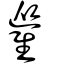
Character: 𩀰